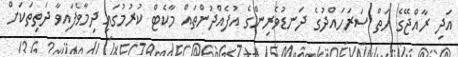
އަދި ރާއްޖޭގެ ހަތް ސަރަހައްދުގެ ދަނޑުވެރިންގެ އުފެއްދުންތައް މާކެޓް ކުރުމުގައި ދިމާވެފައިވާ ދަތިތަކަށް